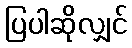
ပြပါဆိုလျှင်